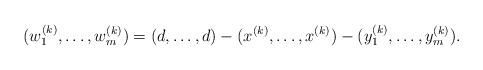
LaTeX: \begin{align*}(w_{1}^{(k)},\dots,w_{m}^{(k)})=(d,\dots,d)-(x^{(k)},\dots,x^{(k)})-(y_{1}^{(k)},\dots,y_{m}^{(k)}).\end{align*}